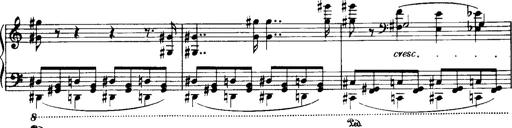
Title: Historische ungarische Bildnisse
Composer: Franz Liszt